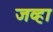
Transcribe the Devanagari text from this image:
जव्हा